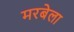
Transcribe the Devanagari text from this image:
मरबेला